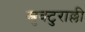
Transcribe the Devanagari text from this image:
स्त्रुक्टुराल्ली